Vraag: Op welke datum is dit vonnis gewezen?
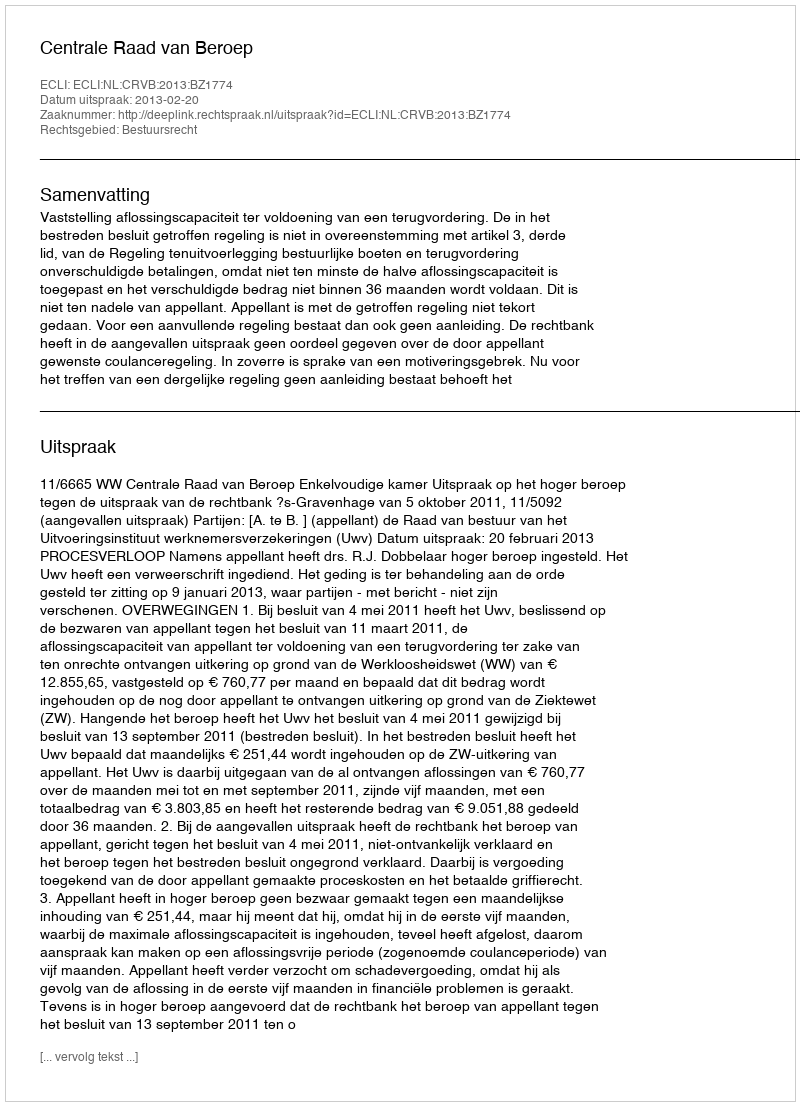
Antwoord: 2013-02-20